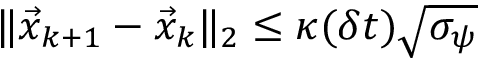
\| \vec { x } _ { k + 1 } - \vec { x } _ { k } \| _ { 2 } \leq \kappa ( \delta t ) \sqrt { \sigma _ { \psi } }